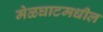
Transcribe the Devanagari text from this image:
मेळघाटमधील